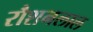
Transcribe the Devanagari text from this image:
रौशनलाल